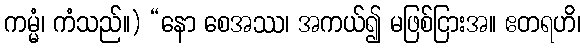
ကမ္မံ၊ ကံသည်။) “နော စေအဿ၊ အကယ်၍ မဖြစ်ငြားအ။ ဧတရဟိ၊